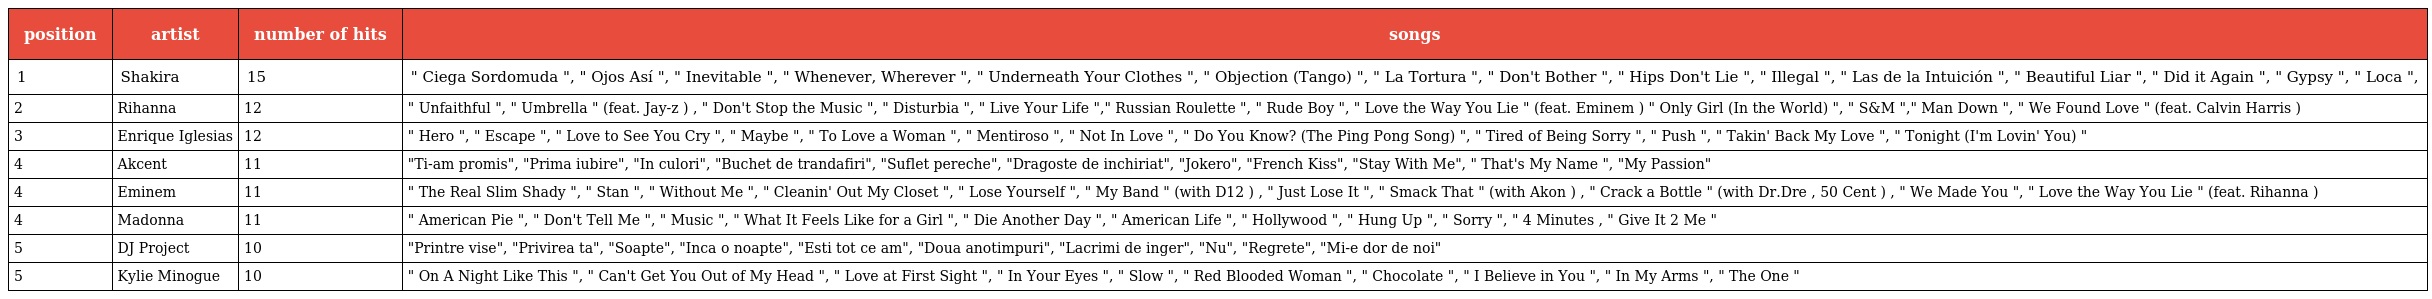
| position | artist | number of hits | songs |
 | --- | --- | --- | --- |
 | 1 | Shakira | 15 | " Ciega Sordomuda ", " Ojos Así ", " Inevitable ", " Whenever, Wherever ", " Underneath Your Clothes ", " Objection (Tango) ", " La Tortura ", " Don't Bother ", " Hips Don't Lie ", " Illegal ", " Las de la Intuición ", " Beautiful Liar ", " Did it Again ", " Gypsy ", " Loca ", |
 | 2 | Rihanna | 12 | " Unfaithful ", " Umbrella " (feat. Jay-z ) , " Don't Stop the Music ", " Disturbia ", " Live Your Life "," Russian Roulette ", " Rude Boy ", " Love the Way You Lie " (feat. Eminem ) " Only Girl (In the World) ", " S&M "," Man Down ", " We Found Love " (feat. Calvin Harris ) |
 | 3 | Enrique Iglesias | 12 | " Hero ", " Escape ", " Love to See You Cry ", " Maybe ", " To Love a Woman ", " Mentiroso ", " Not In Love ", " Do You Know? (The Ping Pong Song) ", " Tired of Being Sorry ", " Push ", " Takin' Back My Love ", " Tonight (I'm Lovin' You) " |
 | 4 | Akcent | 11 | "Ti-am promis", "Prima iubire", "In culori", "Buchet de trandafiri", "Suflet pereche", "Dragoste de inchiriat", "Jokero", "French Kiss", "Stay With Me", " That's My Name ", "My Passion" |
 | 4 | Eminem | 11 | " The Real Slim Shady ", " Stan ", " Without Me ", " Cleanin' Out My Closet ", " Lose Yourself ", " My Band " (with D12 ) , " Just Lose It ", " Smack That " (with Akon ) , " Crack a Bottle " (with Dr.Dre , 50 Cent ) , " We Made You ", " Love the Way You Lie " (feat. Rihanna ) |
 | 4 | Madonna | 11 | " American Pie ", " Don't Tell Me ", " Music ", " What It Feels Like for a Girl ", " Die Another Day ", " American Life ", " Hollywood ", " Hung Up ", " Sorry ", " 4 Minutes , " Give It 2 Me " |
 | 5 | DJ Project | 10 | "Printre vise", "Privirea ta", "Soapte", "Inca o noapte", "Esti tot ce am", "Doua anotimpuri", "Lacrimi de inger", "Nu", "Regrete", "Mi-e dor de noi" |
 | 5 | Kylie Minogue | 10 | " On A Night Like This ", " Can't Get You Out of My Head ", " Love at First Sight ", " In Your Eyes ", " Slow ", " Red Blooded Woman ", " Chocolate ", " I Believe in You ", " In My Arms ", " The One " |